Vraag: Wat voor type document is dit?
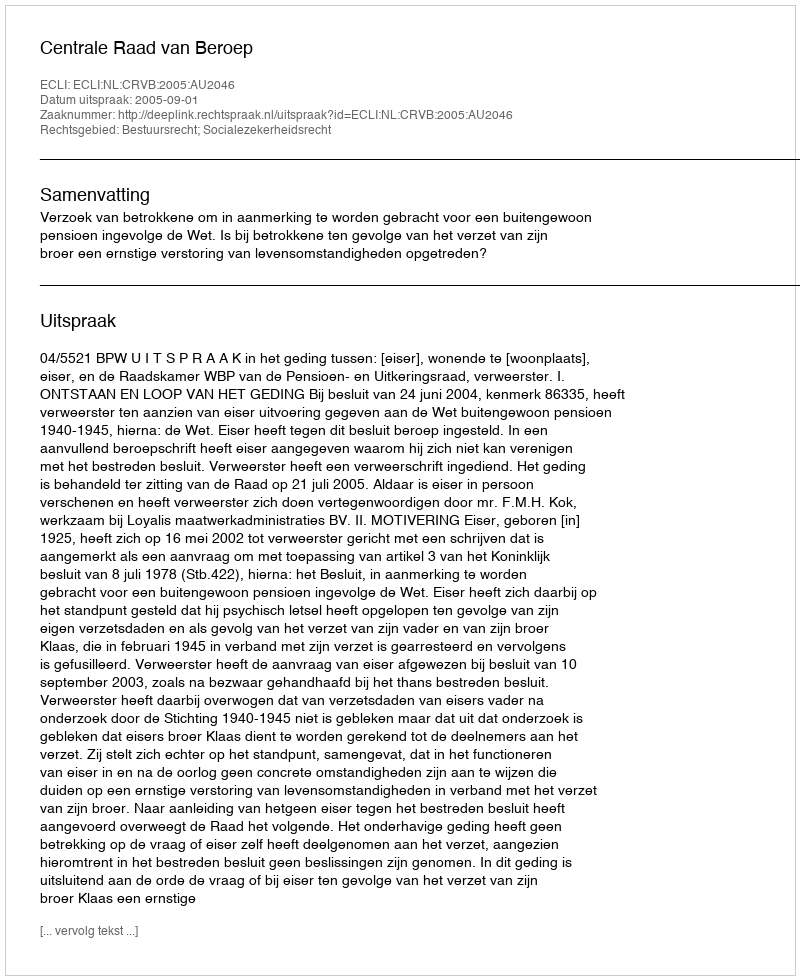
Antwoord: Uitspraak